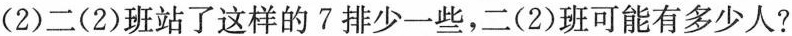
(2)二(2)班站了这样的7排少一些，二(2)班可能有多少人?60人 63人68人